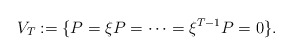
\begin{align*} V_T := \{ P=\xi P = \cdots = \xi^{T-1} P = 0 \}. \end{align*}